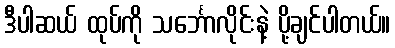
ဒီပါဆယ် ထုပ်ကို သင်္ဘောလိုင်းနဲ့ ပို့ချင်ပါတယ်။